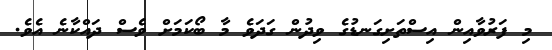
މި ފަރުވާއިން އިސްތަށިގަނޑުގެ ވިދުން ގަދަވެ މާ ބޯކަމަށް ވެސް ދައްކާނެ އެވެ.